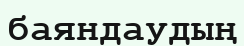
баяндаудың